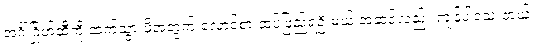
အင်္ဂါဂြိုဟ်ဆီကို ဆက်သွားဖို့အတွက် လောင်စာ ထပ်ဖြည့်ရဦးမယ့် အဆင့်လည်း ကျန်ပါသေးတယ်။